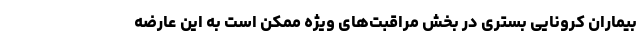
بیماران کرونایی بستری در بخش مراقبت‌های ویژه ممکن است به این عارضه